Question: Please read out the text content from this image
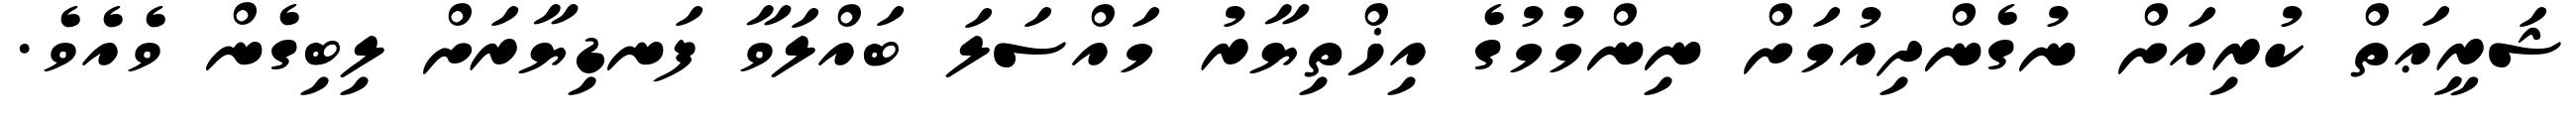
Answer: ޝަރީޢަތް ކުރިއަށް ނުގެންދިއުމަށް ނިންމުމުގެ އިޚްތިޔާރު މައްސަލަ ބައްލަވާ ފަނޑިޔާރަށް ލިބިގެން ވެއެވެ.